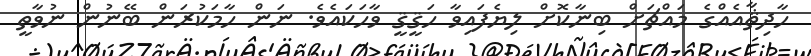
ހާދިޘާއެއްގެ މައްޗަށް ބިނާކޮށް ލިޔެފައިވާ ހަޤީޤީ ވާހަކައެވެ. ނަން ހާމަކުރަން ބޭނުން ނުވާތީ